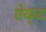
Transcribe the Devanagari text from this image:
ऐक्‌ट